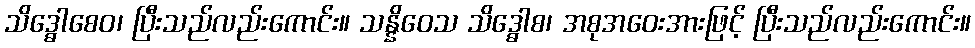
သိဒ္ဓေါစေဝ၊ ပြီးသည်လည်းကောင်း။ သန္နိဝေသ သိဒ္ဓေါစ၊ အစုအဝေးအားဖြင့် ပြီးသည်လည်းကောင်း။